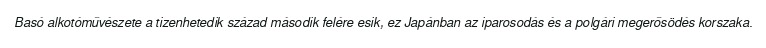
Basó alkotóművészete a tizenhetedik század második felére esik, ez Japánban az iparosodás és a polgári megerősödés korszaka.